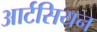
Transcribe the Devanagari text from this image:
आर्टसियन